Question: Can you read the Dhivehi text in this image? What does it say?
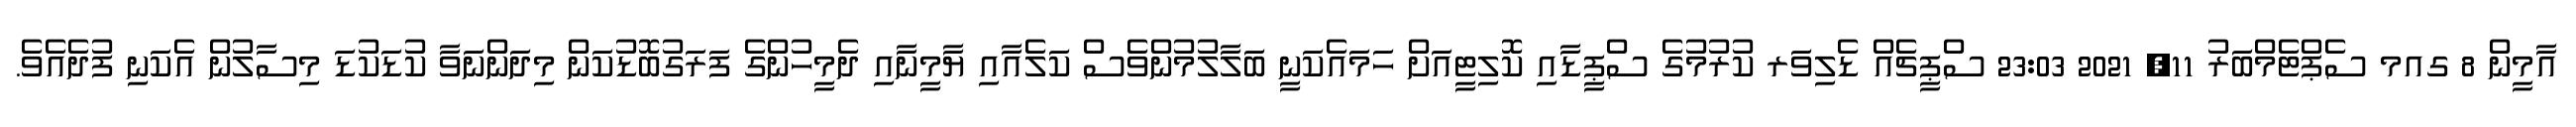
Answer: އާމީން 8 ގއމ ސެޕްޓެމްބަރު 11, 2021 23:03 ސްޕީޗެއް ޑެލިވަރ ކުރުމުގެ ސްޕީޑާއި ކޮލިޓީއަށް ހަމައެކަނީ ބަލާލުމުންވެސް ކަލެއާއި ޔާމީނާއި ދެމީހުންގެ ފަރަގުބޮޑުކަން މިދަންނަވާ ކުޑަކުޑަ މިސާލުން އެކަނި ފުދެއެވެ.